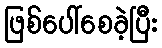
ဖြစ်ပေါ်စေခဲ့ပြီး